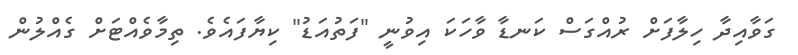
ގަވާއިދާ ހިލާފަށް ރުއްގަސް ކަނޑާ ވާހަކަ އިވުނީ "ފަތުއަޑު" ކިޔާފައެވެ. ތިމާވެއްޓަށް ގެއްލުން